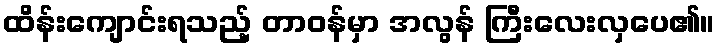
ထိန်းကျောင်းရသည့် တာဝန်မှာ အလွန် ကြီးလေးလှပေ၏။